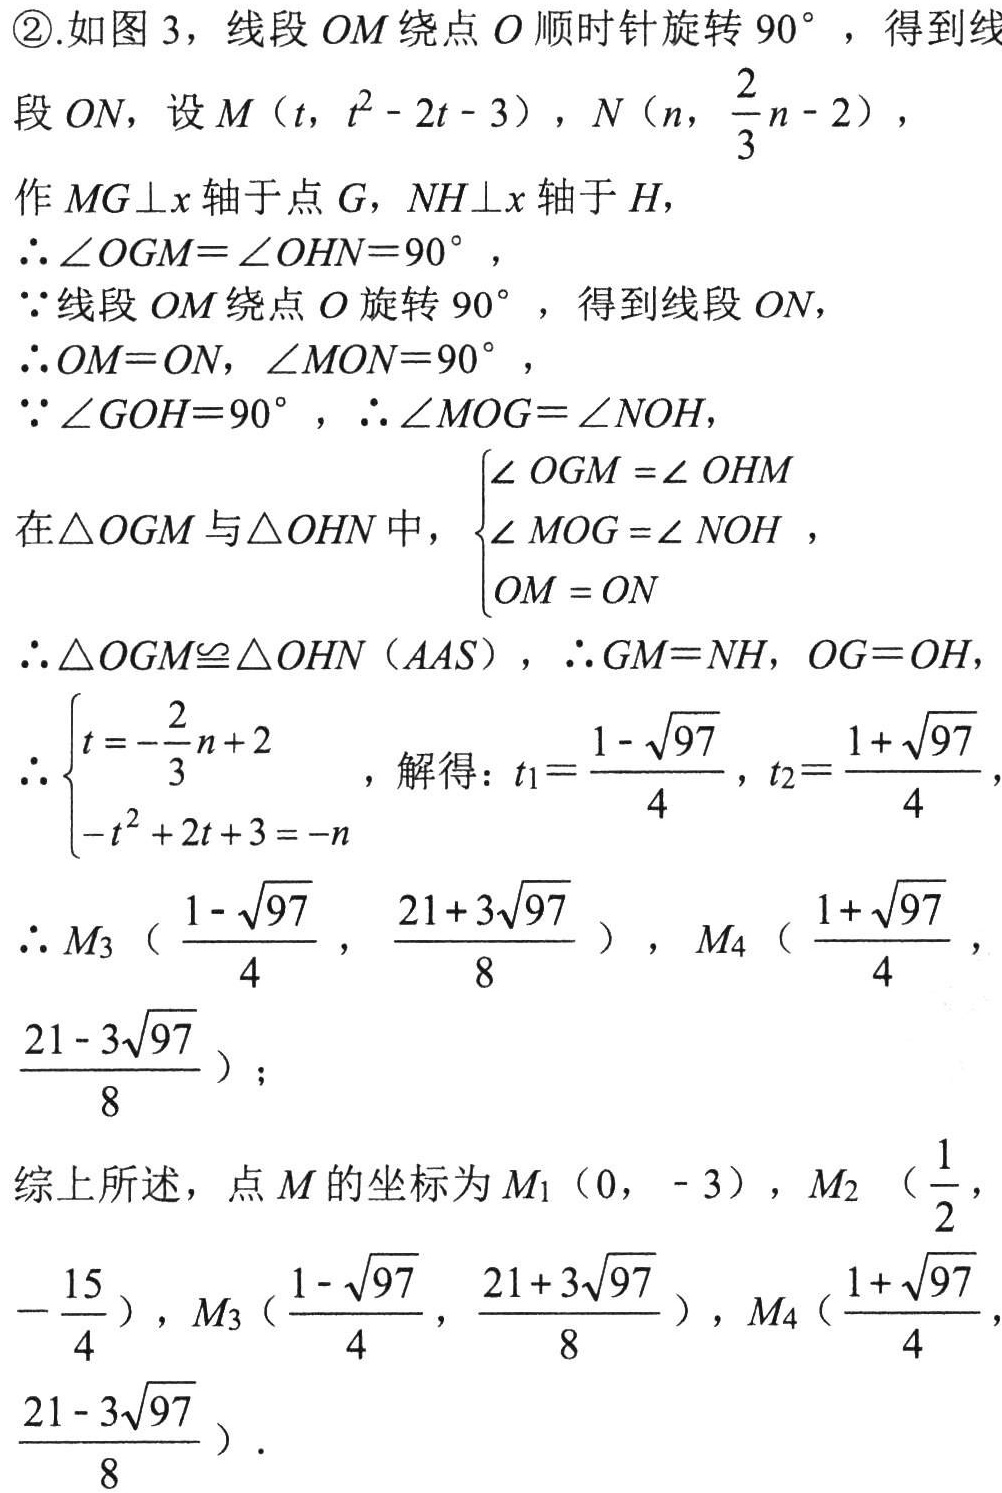
\textcircled{2}.如图 3，线段 \(OM\) 绕点 \(O\) 顺时针旋转 \(90^{\circ}\) ，得到线段 \(ON\)，设 \(M\left(t,t^{2}-2t - 3\right)\)，\(N\left(n,\frac{2}{3}n - 2\right)\)，
作 \(MG\perp x\) 轴于点 \(G\)，\(NH\perp x\) 轴于 \(H\)，
\(\therefore\angle OGM=\angle OHN = 90^{\circ}\)，
\(\because\)线段 \(OM\) 绕点 \(O\) 旋转 \(90^{\circ}\) ，得到线段 \(ON\)，
\(\therefore OM = ON\)，\(\angle MON = 90^{\circ}\)，
\(\because\angle GOH = 90^{\circ}\)，\(\therefore\angle MOG=\angle NOH\)，
在\(\triangle OGM\) 与\(\triangle OHN\) 中，\(\begin{cases}\angle OGM=\angle OHM\\\angle MOG=\angle NOH\\OM = ON\end{cases}\)，
\(\therefore\triangle OGM\cong\triangle OHN(AAS)\)，\(\therefore GM = NH\)，\(OG = OH\)，
\(\therefore\begin{cases}t=-\frac{2}{3}n + 2\\-t^{2}+2t + 3=-n\end{cases}\)，解得：\(t_{1}=\frac{1-\sqrt{97}}{4}\)，\(t_{2}=\frac{1 + \sqrt{97}}{4}\)，
\(\therefore M_{3}\left(\frac{1-\sqrt{97}}{4},\frac{21 + 3\sqrt{97}}{8}\right)\)，\(M_{4}\left(\frac{1+\sqrt{97}}{4},\frac{21 - 3\sqrt{97}}{8}\right)\)；
综上所述，点 \(M\) 的坐标为 \(M_{1}(0,-3)\)，\(M_{2}\left(\frac{1}{2},-\frac{15}{4}\right)\)，\(M_{3}\left(\frac{1-\sqrt{97}}{4},\frac{21 + 3\sqrt{97}}{8}\right)\)，\(M_{4}\left(\frac{1+\sqrt{97}}{4},\frac{21 - 3\sqrt{97}}{8}\right)\)．